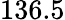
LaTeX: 136.5